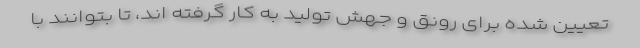
تعیین شده برای رونق و جهش تولید به کار گرفته اند،‌ تا بتوانند با